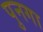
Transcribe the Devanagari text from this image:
पुनगा